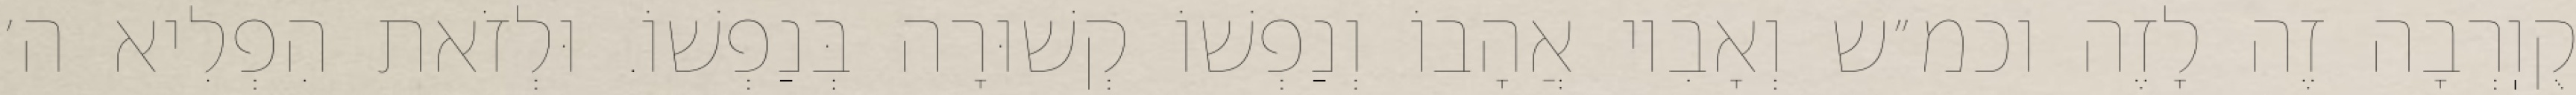
קֻוֽרְבָה זֶה לָזֶה וכמ״ש וְאָבִיו אֲהָבוֹ וְנַפְשׁוֹ קְשׁוּרָה בְּנַפְשׁוֹ. וּלְזֹאת הִפְלִיא ה׳